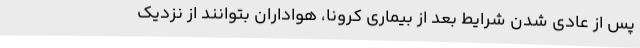
پس از عادی شدن شرایط بعد از بیماری کرونا، هواداران بتوانند از نزدیک